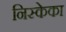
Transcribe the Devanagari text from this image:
निस्केका